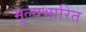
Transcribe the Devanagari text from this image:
मूल्यभारित